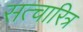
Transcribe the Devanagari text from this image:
सत्चारित्र